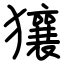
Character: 獽